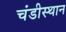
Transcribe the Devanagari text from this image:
चंडीस्‍थान